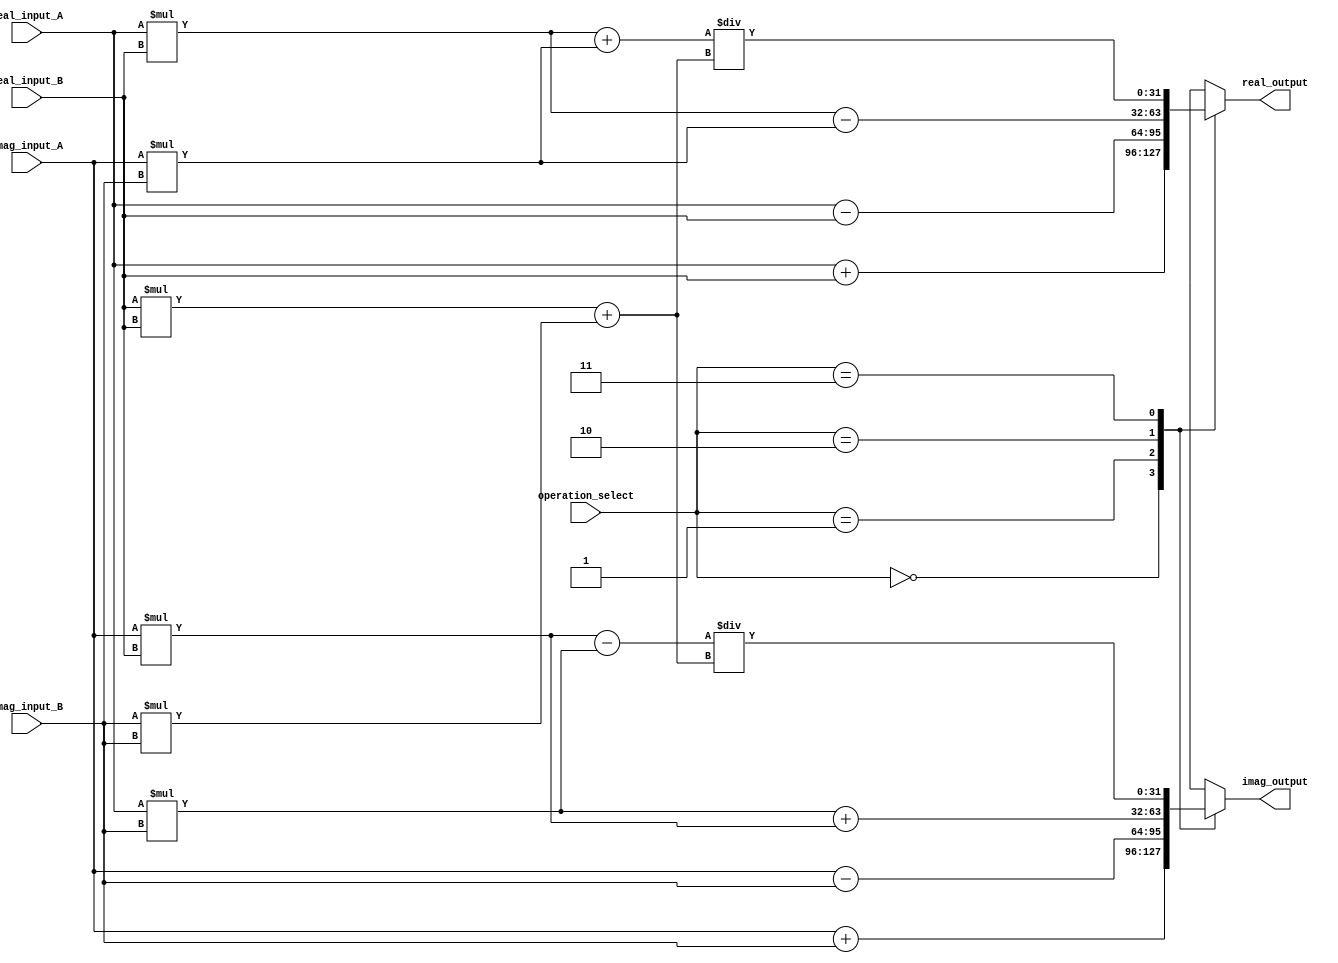
module Complex_ALU (
    input [31:0] real_input_A,
    input [31:0] imag_input_A,
    input [31:0] real_input_B,
    input [31:0] imag_input_B,
    input [1:0] operation_select, // 00: addition, 01: subtraction, 10: multiplication, 11: division
    output reg [31:0] real_output,
    output reg [31:0] imag_output
);

always @(*) begin
    case(operation_select)
        2'b00: begin // addition
            real_output = real_input_A + real_input_B;
            imag_output = imag_input_A + imag_input_B;
        end
        2'b01: begin // subtraction
            real_output = real_input_A - real_input_B;
            imag_output = imag_input_A - imag_input_B;
        end
        2'b10: begin // multiplication
            real_output = (real_input_A * real_input_B) - (imag_input_A * imag_input_B);
            imag_output = (real_input_A * imag_input_B) + (imag_input_A * real_input_B);
        end
        2'b11: begin // division
            real_output = ((real_input_A * real_input_B) + (imag_input_A * imag_input_B)) / ((real_input_B * real_input_B) + (imag_input_B * imag_input_B));
            imag_output = ((imag_input_A * real_input_B) - (real_input_A * imag_input_B)) / ((real_input_B * real_input_B) + (imag_input_B * imag_input_B));
        end
        default: begin // addition as default
            real_output = real_input_A + real_input_B;
            imag_output = imag_input_A + imag_input_B;
        end
    endcase
end

endmodule